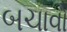
બચાવો